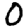
Digit: 0